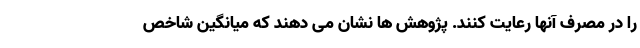
را در مصرف آنها رعایت کنند. پژوهش ها نشان می دهند که میانگین شاخص